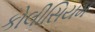
કોલીસિયમ